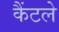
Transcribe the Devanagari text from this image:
कैंटले